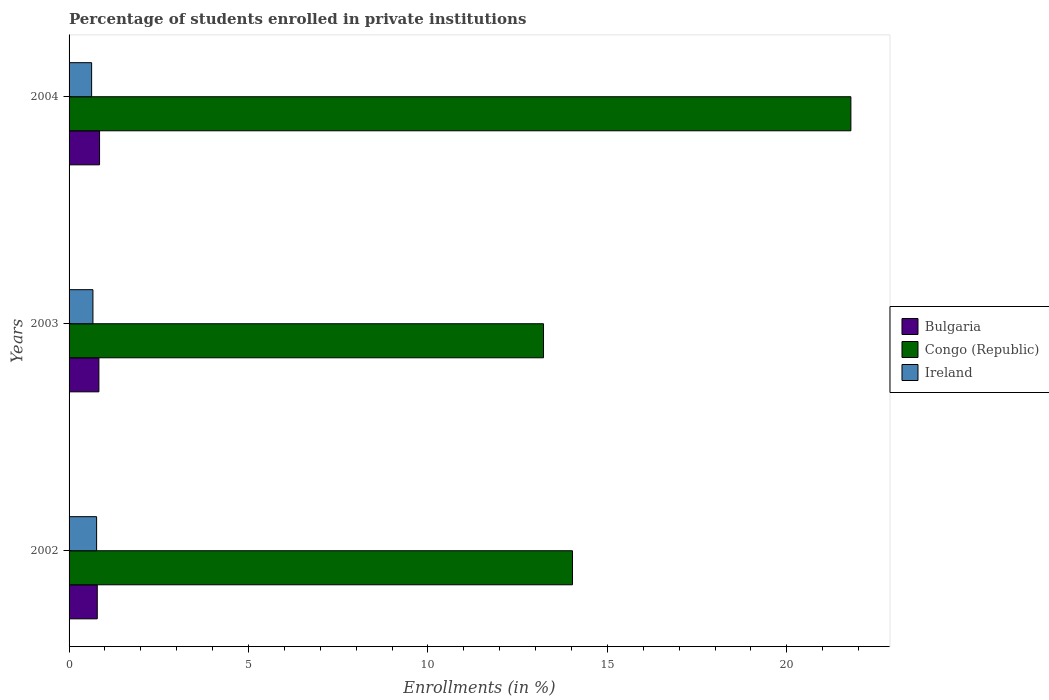
| Years | Bulgaria | Congo (Republic) | Ireland |
 | --- | --- | --- | --- |
 | 2002 | 0.786 | 14 | 0.767 |
 | 2003 | 0.831 | 13.2 | 0.665 |
 | 2004 | 0.85 | 21.8 | 0.628 |